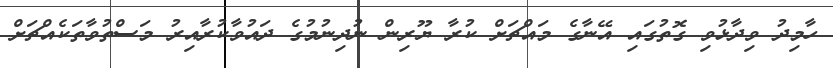
ހާމިދު ވިދާޅުވި ގޮތުގައި އޭނާގެ މައްޗަށް ކުރާ ޔޫރިން ނުދިނުމުގެ ދައުވާކުރާއިރު މަސްތުވާތަކެއްޗަށް